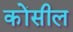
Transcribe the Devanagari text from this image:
कोंसील